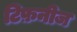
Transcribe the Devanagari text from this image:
टिफ़नीज